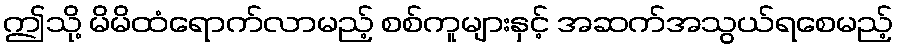
ဤသို့ မိမိထံရောက်လာမည့် စစ်ကူများနှင့် အဆက်အသွယ်ရစေမည့်